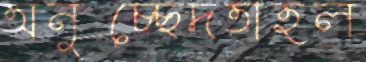
অনুচ্ছেদতাহল